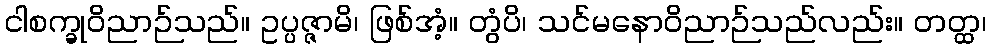
ငါစက္ခုဝိညာဉ်သည်။ ဥပ္ပဇ္ဇာမိ၊ ဖြစ်အံ့။ တွံပိ၊ သင်မနောဝိညာဉ်သည်လည်း။ တတ္ထ၊